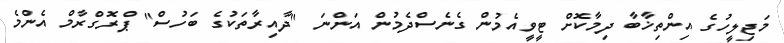
މަޖިލީހުގެ އިންތިޚާބާ ދިމާކޮށް ޓީވީއެމުން ގެނެސްދެމުން އަންނަ "ދާއިރާތަކުގެ ބަހުސް" ޕްރޮގްރާމް އެންމެ